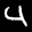
Label: 4